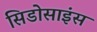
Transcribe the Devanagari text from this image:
सिडोसाइंस